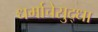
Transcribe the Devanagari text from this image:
धर्माचेसुद्धा